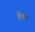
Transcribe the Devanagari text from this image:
रीगम